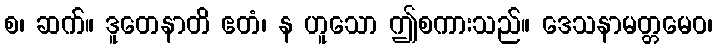
စ၊ ဆက်။ ဒူတေနာတိ ဧတံ၊ န ဟူသော ဤစကားသည်။ ဒေသနာမတ္တမေဝ၊